Calcutta medical institutions reports 1892-1900
Year: 1892
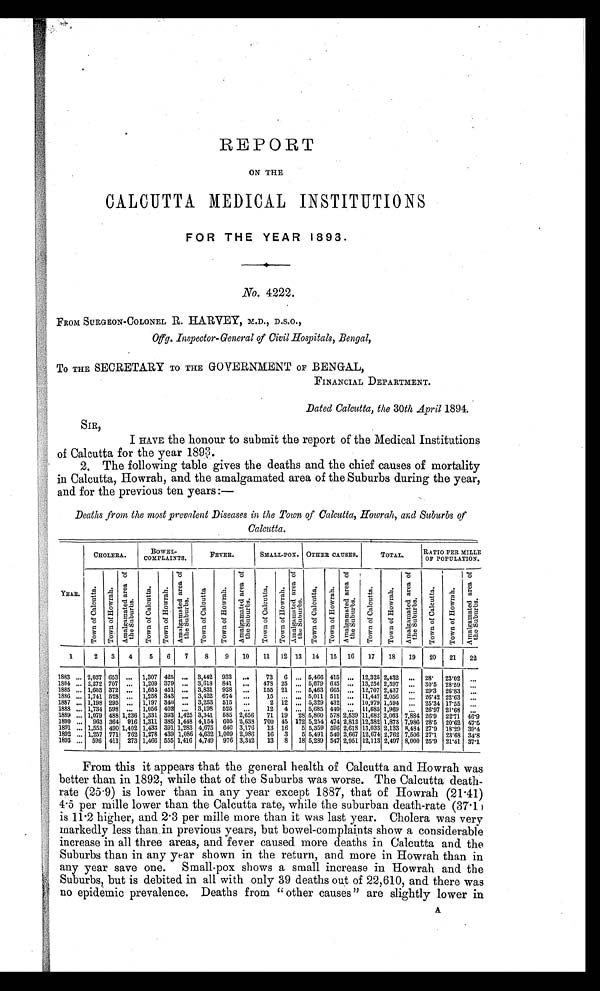
REPORT
ON THE
CALCUTTA MEDICAL INSTITUTIONS
FOR THE YEAR 1893.
No. 4222.
FROM SURGEON-COLONEL R. HARVEY, M.D., D.S.O.,
Offg. Inspector-General of Civil Hospitals, Bengal,
TO THE SECRETARY TO THE GOVERNMENT OF BENGAL,
FINANCIAL DEPARTMENT.
Dated Calcutta, the 30th April 1894.
SIR,
I HAVE the honour to submit the report of the Medical Institutions
of Calcutta for the year 1893.
2. The following table gives the deaths and the chief causes of mortality
in Calcutta, Howrah, and the amalgamated area of the Suburbs during the year,
and for the previous ten years :
—
Deaths from the most prevalent Diseases in the Town of Calcutta, Howrah, and Suburbs of
Calcutta.
CHO LERA.
BOWEL-
COMPLAINTS.
FEVER.
SMALL-POX. OTHER CAUSES.
TOTAL.
RATIO PER MILLE
OF POPULATION.
YEAR.
T o w n o f C a l c u t t a . T o w n o f H o w r a h .
A m a l g a m a t e d a r e a o f
t h e S u b u r b s .
T o w n o f C a l c u t t a .
Town of Howrah.
A m a l g a m a t e d a r e a o f
t h e Su b u r b s .
T o w n o f C a l c u t t a .
T o w n o f H o w r a h .
A m a l g a m a t e d a r e a o f
t h e S u b u r b s .
T o w n o f C a l c u t t a .
T o w n o f H o w r a h .
A m a l g a m a t e d a r e a o f
t h e S u b u r b s .
T o w n o f C a l c u t t a .
To wn o f Ho wr a h .
A m a l g a m a t e d a r e a o f t h e S u b u r b s .
T o w n o f C a l c u t t a .
T o w n o f H o w r a h .
A m a l g a m a t e d a r e a o f t h e S u b u r b s .
T o w n o f C a l c u t t a .
T o w n o f H o w r a h .
A m a l g a m a t e d a r e a o f
t h e S u b u r b s .
1
2
3
4
5
6
7
8
9
10
11
12 13
14
15
16
17
18
19
20
21
22
1883 ... 2,037 653 ... 1,307 425 ... 3,442 933
...
73
6 ... 5,466 415 ... 12,325 2,432 ... 28.
23.02
...
1884 ... 2,272 707 ... 1,209 379 ... 3,618 841
...
478 25 ... 5,679 645 ... 13,256 2,597
...
30.5 28.59
...
1885 ... 1,603 372 ... 1,655 451 ... 3,831 928
...
155 21 ... 5,463 665 ... 12,707 2,437 ...
29.3 26.83
...
1886 ... 1,741 528 ... 1,258 343 ... 3,422 674
...
15
... ...
5,011 511 ... 11,447 2,056
...
26.42 22.63
...
1887
...
1,198 295 ... 1,197 340 ... 3,253 515
...
2 12
...
5,329 432 ... 10,979 1,594
...
25.34 17.55
...
1888
...
1,734 598
...
1,056 402
...
3,198 525
...
12
4
...
5,685 440
...
11,685 1,969
...
26.97 21.68
...
1889
...
1,079 488 1,236 1,331 393 1,425 3,341 585 2,656
71 19 28 5,860 578 2,539 11,682 2,
063 7,884 26.9 22.71 46.9
1890 ...
963 364 916 1,311 385 1,448 4,154 605 2,638 700 45 172 5,254 474 2,812 12,382 1,873 7,986 28.5 20.62 47.5
1891 ... 1,553 490 1,402 1,433 391 1,283 4,675 640 3,176
13 16
5 5,359 596 2,618 13,033 2,133 8,484 27.9 18.29 39.4
1892 ... 1,257 771 762 1,278 439 1,086 4,632 1,009 2,986
16 3
5 5,491 540 2,667 12,674 2,762 7,506 27.1 23.68 34.8
1893 ... 596 411 273 1,466 555 1,416 4,749 976 3,342
13
8
18 5,289 547 2,951 12,113 2,497 8,000 25.9 21.41 37.1
From this it appears that the general health of Calcutta and Howrah was
better than in 1892, while that of the Suburbs was worse. The Calcutta death-
rate (25.9) is lower than in any year except 1887, that of Howrah (21.41)
4.5 per mille lower than the Calcutta rate, while the suburban death-rate (37.1)
is 11.2 higher, and 2.3 per mille more than it was last year. Cholera was very
markedly less than in previous years, but bowel-complaints show a considerable
increase in all three areas, and fever caused more deaths in Calcutta and the
Suburbs than in any year shown in the return, and more in Howrah than in
any year save one. Small-pox shows a small increase in Howrah and the
Suburbs, but is debited in all with only 39 deaths out of 22,610, and there was
no epidemic prevalence. Deaths from "other causes" are slightly lower in